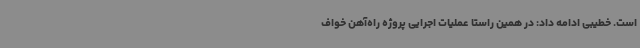
است. خطیبی ادامه داد: در همین راستا عملیات اجرایی پروژه راه‌آهن خواف